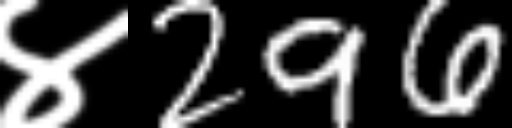
Text: ४296